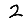
Digit: 2